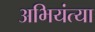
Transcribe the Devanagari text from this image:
अभियंत्या